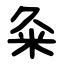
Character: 粂